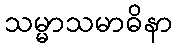
သမ္မာသမာဓိနာ